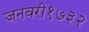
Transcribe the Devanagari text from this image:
जनवरी१७३२